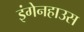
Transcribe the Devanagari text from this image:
इंगेनहाउस